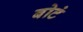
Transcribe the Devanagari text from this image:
बोटं